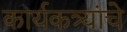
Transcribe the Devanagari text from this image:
कार्यकत्र्यांचे